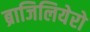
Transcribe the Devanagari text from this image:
ब्राजिलियेरो